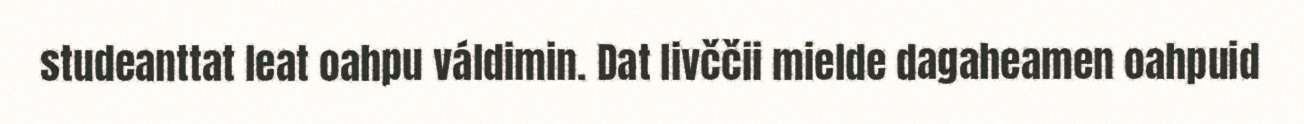
studeanttat leat oahpu váldimin. Dat livččii mielde dagaheamen oahpuid